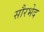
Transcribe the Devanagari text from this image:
सौरभेद